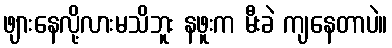
ဖျားနေလို့လားမသိဘူး နဖူးက မီးခဲ ကျနေတာပဲ။